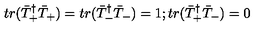
t r ( \bar { T } _ { + } ^ { \dagger } \bar { T } _ { + } ) = t r ( \bar { T } _ { - } ^ { \dagger } \bar { T } _ { - } ) = 1 ; t r ( \bar { T } _ { + } ^ { \dagger } \bar { T } _ { - } ) = 0